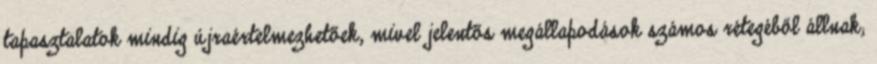
tapasztalatok mindig újraértelmezhetőek, mivel jelentős megállapodások számos rétegéből állnak;